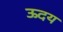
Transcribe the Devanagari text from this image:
ऊदय